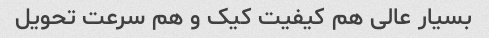
بسیار عالی هم کیفیت کیک و هم سرعت تحویل